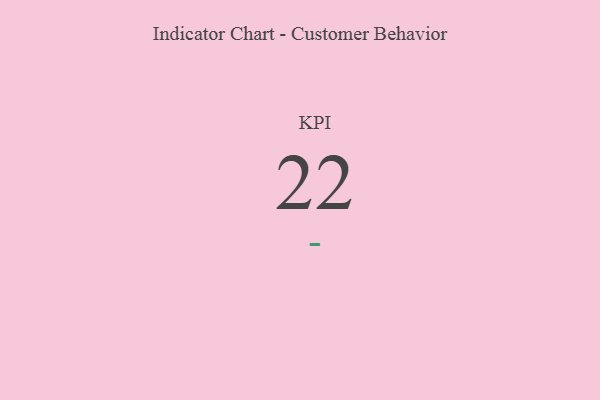
{"axis": {"x": "KPI", "y": "Value"}, "legend": [""], "data": [{"x": "KPI", "y": 22, "type": ""}]}